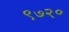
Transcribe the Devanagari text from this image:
९७२०